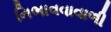
નિભાવવાવાળી